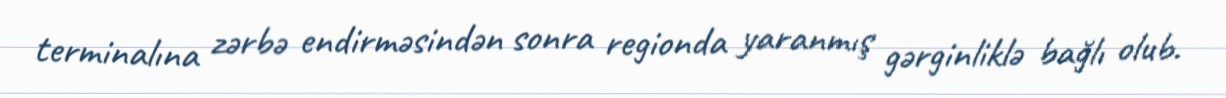
terminalına zərbə endirməsindən sonra regionda yaranmış gərginliklə bağlı olub.